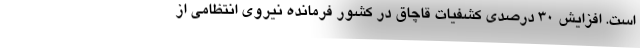
است. افزایش 30 درصدی کشفیات قاچاق در کشور فرمانده نیروی انتظامی از